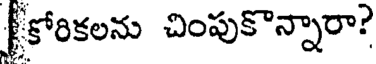
కోరికలను చింపుకొన్నారా?